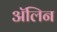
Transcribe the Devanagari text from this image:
ॲलिन